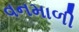
વનમાળી